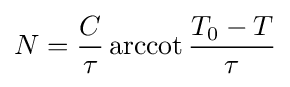
N={\frac {C}{\tau }}\operatorname {arccot} {\frac {T_{0}-T}{\tau }}